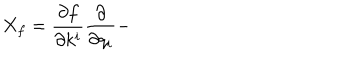
LaTeX: X _ { f } = \frac { \partial f } { \partial k ^ { i } } \frac { \partial } { \partial q _ { i } } -